Tezpur Lunatic Asylum reports 1877-1894 - 1877-1894
Year: 1877
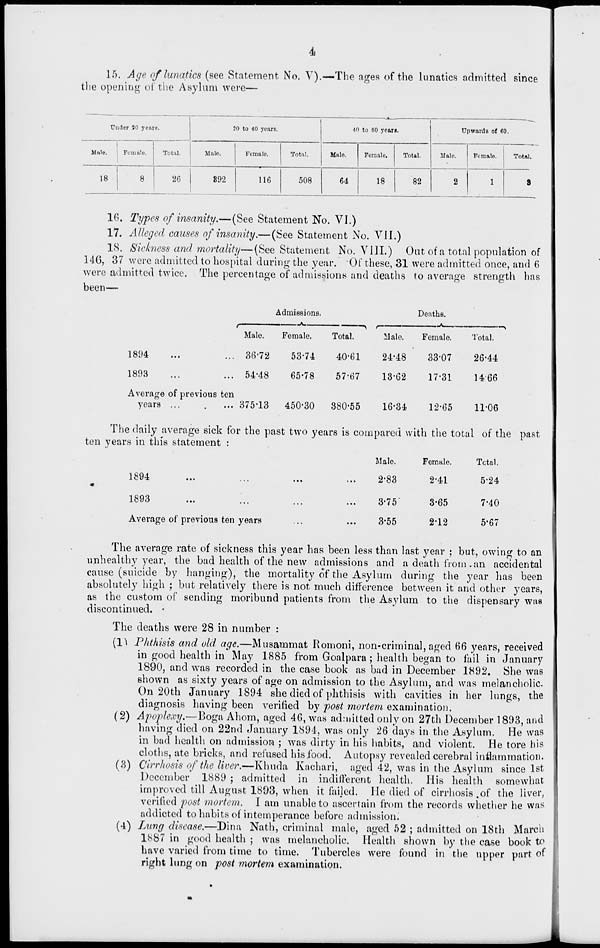
4
15. Age of lunatics (see Statement No. V).—The ages of the lunatics admitted since
the opening of the Asylum were—
Under 20 years.
20 to 40 yours.
40 to 60 years.
Upward B of 60.
1
Male, j Female.
Total,
Male.
Female,
Total.
Male
Femalo.
Total.
Male.
1 Female.
Total.
18
8
26
892
116
508
64
18
82
2
1
S
16. Types of insanity.—(See Statement No. VI.)
17. Alleged causes of insanity.—(See Statement No. VII.)
18. Sickness and mortality—(See Statement No. VIII.) Out of a total population of
140, 37 were admitted to hospital during the year. Of these, 31 were admitted once, and 6
were admitted twice. The percentage of admissions and deaths to average strength has
been—
1894
1893
Average of previous ten
years ...
.
... 375'13
Admissions.
Deaths.
r
Male.
Female.
Total.
r
Male.
Female.
Total.
36*72
53-74
40-61
24-48
33-07
26-44
54-48
65-78
57-67
13-62
17-31
14'66
450-30
380-55
16-34
12-65
11-06
The daily average sick for the past two years is compared with the total of the past
ten years in this statement :
Male.
Female.
Tctal.
i oyi
...
...
...
...
*
lOoO
...
...
...
...
Average of previous ten years
2-83
2-41
5-24
3-75
3-65
7-40
3-55
2-12
5*67
The average rate of sickness this year has been less than last year ; but, owing to an
unhealthy year, the bad health of the new admissions and a death from . an accidental
cause (suicide by hanging), the mortality of the Asylum during the year has been
absolutely high ; but relatively there is not much difference between it and other years,
as the custom of sending moribund patients from the Asylum to the dispensary was
discontinued. •
The deaths were 28 in number :
(1^ Phthisis and old age.—Musammat Romoni, non-criminal, aged 66 years, received
in good health in May 1885 from Goalpara; health began to fail in January
1890, and was recorded in the case book as bad in December 1892. She was
shown as sixty years of age on admission to the Asylum, and was melancholic.
On 20th January 1894 she died of phthisis with cavities in her lungs, the
diagnosis having been verified by post mortem examination.
(2) Apoplexy.—Boga Ahom, aged 46, was admitted only on 27th December 1893, and
having died on 22nd January 1894, was only 26 days in the Asylum. He was
in bad health on admission ; was dirty in his habits, and violent. He tore his
cloths, ate bricks, and refused his food. Autopsy revealed cerebral inflammation*
(3) Cirrhosis of the liver.—Khuda Kachari, aged 42, was in the Asylum since 1st
December 1889 ; admitted in indifferent health. His health somewhat
improved till August 1893, when it failed. He died of cirrhosis,of the liver,
verified post mortem. I am unable to ascertain from the records whether he was
addicted to habits of intemperance before admission.
(4) Lung disease.—Din a Nath, criminal male, aged 52 ; admitted on 18th March
1887 in good health ; was melancholic. Health shown by the case book to
have varied from time to time. Tubercles were found in the upper part oi
right lung on post mortem examination.